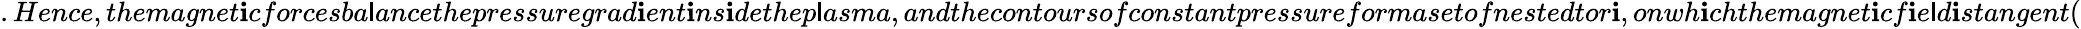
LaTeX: .Hence,themagnet\mathbf{i}cforcesba\mathsf{l}ancethepressuregrad\mathbf{i}ent\mathbf{i}ns\mathbf{i}dethep\mathsf{l}asma,andthecontoursofconstantpressureformasetofnestedtor\mathbf{i},onwh\mathbf{i}chthemagnet\mathbf{i}cf\mathbf{i}e\mathsf{l}d\mathbf{i}stangent(